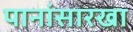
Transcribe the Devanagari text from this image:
पानांसारखा